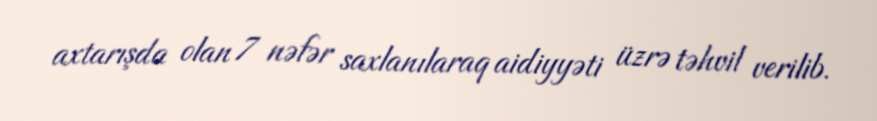
axtarışda olan 7 nəfər saxlanılaraq aidiyyəti üzrə təhvil verilib.